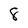
Character: 8